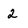
Character: 2